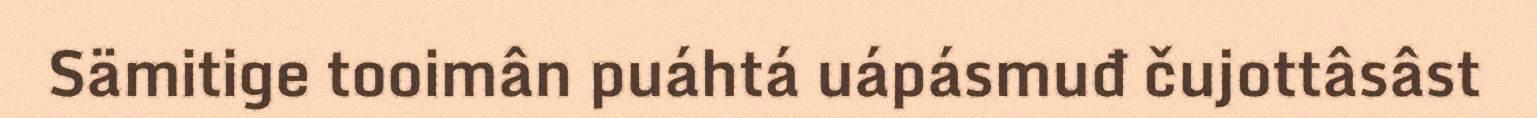
Sämitige tooimân puáhtá uápásmuđ čujottâsâst